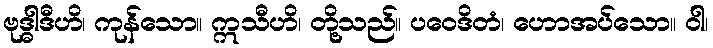
ဗုဒ္ဓါဒီဟိ၊ ကုန်သော။ ဣသီဟိ၊ တို့သည်။ ပဝေဒိတံ၊ ဟောအပ်သော။ ဝါ၊